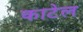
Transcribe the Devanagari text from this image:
काटेल